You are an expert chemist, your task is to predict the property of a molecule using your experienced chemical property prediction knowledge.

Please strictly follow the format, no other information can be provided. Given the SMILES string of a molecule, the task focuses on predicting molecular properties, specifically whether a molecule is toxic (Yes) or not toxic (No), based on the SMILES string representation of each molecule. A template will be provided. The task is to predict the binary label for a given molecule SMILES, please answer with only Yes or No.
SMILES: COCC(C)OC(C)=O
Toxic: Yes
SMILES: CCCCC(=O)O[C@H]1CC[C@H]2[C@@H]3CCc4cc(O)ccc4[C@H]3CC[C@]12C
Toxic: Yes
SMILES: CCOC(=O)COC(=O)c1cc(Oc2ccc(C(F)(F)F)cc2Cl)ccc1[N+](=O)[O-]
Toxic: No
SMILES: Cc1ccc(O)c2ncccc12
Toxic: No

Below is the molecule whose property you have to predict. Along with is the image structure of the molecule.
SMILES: CCCCSP(=O)(SCCCC)SCCCC
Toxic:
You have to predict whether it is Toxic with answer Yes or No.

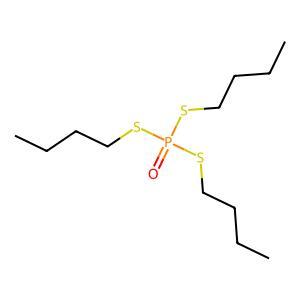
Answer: No